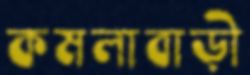
কমলাবাড়ী